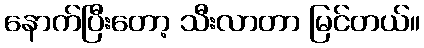
နောက်ပြီးတော့ သီးလာတာ မြင်တယ်။